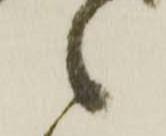
候